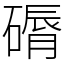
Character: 磭